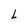
Character: L